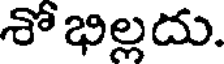
శోభిల్లదు.